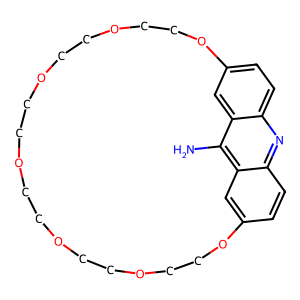
SMILES: Nc1c2cc3ccc2nc2ccc(cc12)OCCOCCOCCOCCOCCOCCO3
Inhibits HIV replication: No